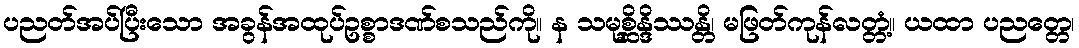
ပညတ်အပ်ပြီးသော အခွန်အထုပ်ဥစ္စာဒဏ်စသည်ကို။ န သမုစ္ဆိန္ဒိဿန္တိ၊ မဖြတ်ကုန်လတ္တံ့။ ယထာ ပညတ္တေ၊